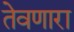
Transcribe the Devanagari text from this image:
तेवणारा